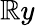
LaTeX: \mathbb{R}y